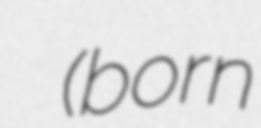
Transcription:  (born